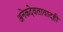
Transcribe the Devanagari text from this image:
अनेकदेवतावादही